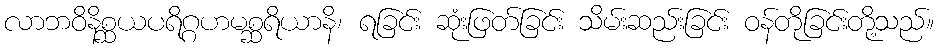
လာဘဝိနိစ္ဆယပရိဂ္ဂဟမစ္ဆရိယာနိ၊ ရခြင်း ဆုံးဖြတ်ခြင်း သိမ်းဆည်းခြင်း ဝန်တိုခြင်းတို့သည်။